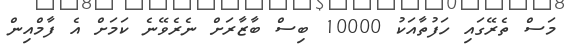
މަސް ތެރޭގައި ހަފުތާއަކު 10000 ބިސް ބާޒާރަށް ނެރެވޭނެ ކަމަށް އެ ފާމްއިން